Vaccination United Provinces of Agra and Oudh 1914-1922 - 1914-1922
Year: 1914
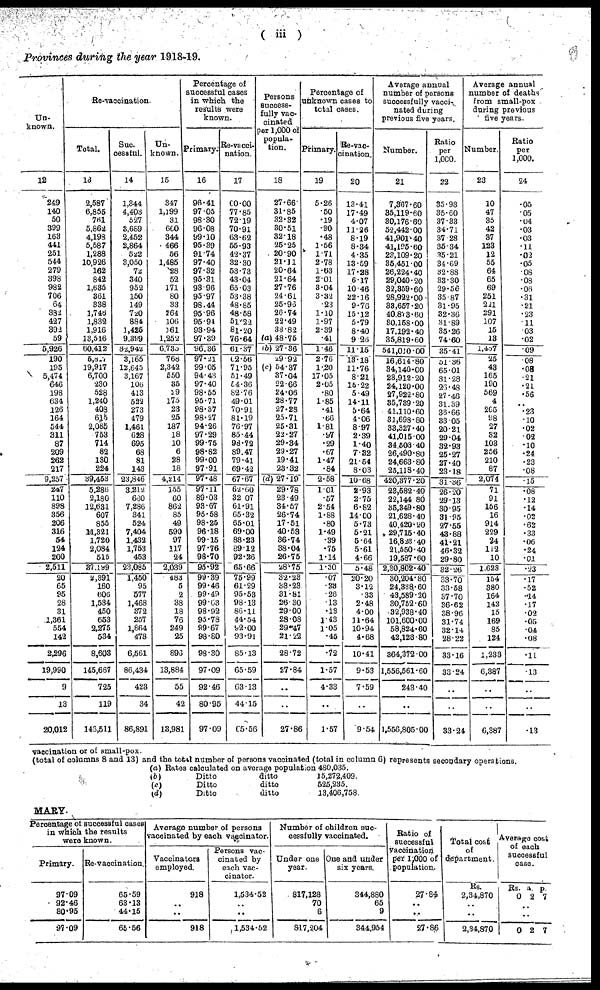
( iii )
Provinces during the year 1918-19.
Un-
known.
12
249
140
50
399
163
441
251
544
279
398
982
706
64
382
427
392
59
5,926
190
195
5,474
646
198
634
126
164
544
311
87
209
262
217
9,257
247
110
898
356
206
316
54
124
200
2,511
20
65
95
28
31
1,361
554
142
2,296
19,990
9
13
20,012
Re-vaccination.
Total.
13
2,587
6,855
761
5,862
4,198
5,587
1,288
10,926
162
842
1,635
361
338
1,746
1,832
1,916
13,516
60,412
5,827
19,917
6,700
230
528
1,240
408
615
2,085
753
714
82
130
224
39,453
5,286
2,180
12,631
607
855
11,321
1,720
2,084
515
37,199
2,391
160
606
1,534
450
653
2,275
534
8,603
145,667
725
119
143,511
Suc¬
cessful.
14
1,344
4,403
527
3,689
2,452
2,864
522
3,050
72
340
952
150
149
720
884
1,425
9,399
32,942
3,165
12,645
3,167
106
413
522
273
479
1,461
628
695
68
81
143
23,846
3,212
680
7,286
341
524
7,404
1,432
1,753
453
23,085
1,450
95
577
1,468
372
257
1,864
478
6,561
86,434
423
34
86,891
Un¬
known.
15
347
1,199
31
660
344
466
56
1,485
28
52
171
80
33
264
106
161
1,252
6,735
768
2,342
550
35
29
175
23
25
187
18
10
6
28
18
4,214
155
60
862
85
49
590
97
117
24
2,039
483
5
2
38
18
76
249
25
896
13,884
55
42
13,981
Percentage of
successful cases
in which the
results were
known.
Primary.
16
96.41
97.05
98.30
96.08
99.10
95.39
91.74
97.40
97.32
95.31
93.96
95.97
98.44
95.96
95.94
93.94
97.39
96.36
97.21
99.05
94.43
97.40
98.55
95.71
98.37
98.27
94.26
97.29
99.75
98.82
99.00
97.91
97.48
97.11
89.03
93.67
95.58
98.25
96.18
99.15
97.76
98.70
95.92
99.39
99.46
99.49
99.03
98.92
95.78
99.67
98.80
98.30
97.09
92.46
80.95
97.09
Re-vacci-
nation.
17
60.00
77.85
72.19
70.91
63.62
55.93
42.37
32.30
53.73
43.04
65.03
53.38
48.85
48.58
51.22
81.20
76.64
61.37
62.56
71.95
51.49
54.36
82.76
49.01
70.91
81.19
76.97
85.44
98.72
89.47
79.41
69.42
67.67
62.60
32.07
61.91
65.32
65.01
69.00
88.23
89.12
92.26
65.66
75.99
61.29
95.53
98.13
86.11
44.54
92.00
93.91
85.13
65.59
63.13
44.15
65.56
Persons
success¬
fully vac¬
cinated
per 1,000 of
popula-
tion.
18
27.66
31.85
32.32
30.51
32.18
25.25
20.90
21.11
20.64
21.64
27.76
24.61
25.96
26.74
22.49
33.82
(a) 48.75
(b) 27.36
29.92
(c) 54.37
37.04
22.66
24.06
28.77
27.28
25.71
25.31
22.27
29.34
29.27
19.41
23.82
(d) 27.19
29.78
23.49
34.57
26.74
17.51
40.53
36.74
38.04
26.75
28.75
32.23
38.23
31.81
26.30
29.00
28.08
29.47
21.22
28.72
27.84
..
..
27.86
Percentage of
unknown cases to
total cases.
Primary.
19
5.26
.50
.19
.90
.48
1.56
1.71
2.78
1.63
2.01
3.04
3.32
.23
1.10
1.97
2.39
.41
1.46
2.76
1.20
17.05
2.05
.80
1.85
.41
.66
1.81
.97
.29
.67
1.47
.84
2.58
1.01
.57
2.54
1.88
.80
1.49
.39
.75
1.14
1.30
.07
23
.26
.13
.13
1.43
1.05
.45
.72
1.57
4.33
..
1.57
Re-vac¬
cination.
20
13.41
17.49
4.07
11.26
8.19
8.34
4.35
13.59
17.28
6.17
10.46
22.16
9.76
15.12
5.79
8.40
9.26
11.15
13.18
11.76
8.21
15.22
5.49
14.11
5.64
4.06
8.97
2.39
1.40
7.32
21.54
8.03
10.68
2.93
2.75
6.82
14.00
5.73
5.21
5.64
5.61
4.66
5.48
20.20
3.12
.33
2.48
4.00
11.64
10.94
4.68
10.41
9.53
7.59
..
9.54
Average annual
number of persons
successfully vacci-
nated during
previous five years.
Number.
21
7,367.60
35,119.60
30,176.60
52,442.00
41,901.40
41,195.60
23,109.20
35,451.00
26,224.40
29,040.20
32,359.60
28,922.00
33,657.20
40,873.60
30,158.00
17,192.40
35,819.60
541,010.00
16,614.80
34,140.00
23,912.20
24,120.00
27,922.80
35,739.20
41,110.60
31,698.80
33,327.40
41,015.00
34,503.40
26,490.80
24,663.80
25,118.40
420,377.20
23,582.40
22,144.80
35,349.80
21,628.40
40,420.20
29,715.40
16,823.40
21,550.40
19,587.60
2,30,802.40
30,204.80
24,338.60
43,589.20
30,752.60
32,938.40
101,600.00
58,824.60
42,123.80
364,372.00
1,556,561.60
243.40
..
1,556,805.00
Ratio
per
1,000.
22
35.93
35.60
37.33
34.71
37.28
35.34
35.21
34.69
32.88
33.30
29.56
35.87
31.95
32.36
31.89
35.26
74.60
35.41
51.36
65.01
31.28
26.48
27.46
31.39
36.66
33.05
20.21
29.04
32.93
25.27
27.40
23.18
31.36
26.20
29.13
30.95
31.95
27.55
43.88
41.21
46.32
29.80
32.26
33.70
33.58
37.70
36.62
38.96
31.74
32.14
28.22
33.16
33.24
..
..
33.24
Average annual
number of deaths
from small-pox
during previous
five years.
Number.
23
10
47
35
42
37
123
12
55
64
65
69
251
221
291
107
15
13
l,457
25
43
165
190
569
4
265
98
27
32
103
256
210
87
2,074
71
91
156
16
914
229
24
112
10
1,623
154
380
164
142
15
169
85
124
1,233
6,387
..
..
6,387
Ratio
per
1,000.
24
.05
.05
.04
.03
.03
.11
.02
.05
.08
.08
.06
.31
.21
.23
.11
.03
.02
.09
.08
.08
.21
.21
.56
..
.23
.10
.02
.02
.10
.24
.23
.08
.15
.08
.12
.14
.02
.62
.33
.06
.24
.01
.23
.17
.52
.14
.17
.02
.05
.04
.08
.11
.13
..
..
.13
vaccination or of small-pox.
(total of columns 8 and 13) and the total number of persons vaccinated (total in column 6) represents secondary operations.
(a)
(b)
(c)
(d)
Rates calculated on average population 480,035.
Ditto
Ditto
Ditto
ditto
ditto
ditto
15,272,409.
525,235.
13,406,758.
MARY.
Percentage of successful cases
in which the results
were known.
Primary.
97.09
92.46
80.95
97.09
Re-vaccination.
65.59
63.13
44.15
65.56
Average number of persons
vaccinated by each vaccinator.
Vaccinators
employed.
918
..
..
918
Persons vac-
cinated by
each vac-
cinator.
1,534.52
..
..
1,534.52
Number of children suc-
cessfully vaccinated.
Under one
year.
817,128
70
6
817,204
One and under
six years.
344,880
65
9
344,954
Ratio of
successful
vaccination
per 1,000 of
population.
27.84
..
..
27.86
Total cost
of
department.
Rs.
2,34,870
..
..
2,34,870
Average cost
of each
successful
case.
Rs.
0
a
2
p.
7
..
..
0 2 7